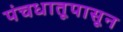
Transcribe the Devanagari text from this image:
पंचधातूपासून